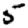
Digit: 5